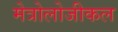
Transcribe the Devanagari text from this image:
मेत्रोलोजीकल